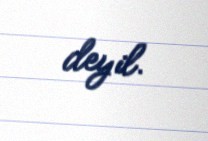
deyil.